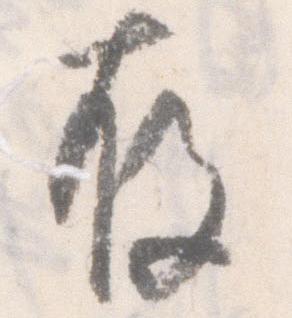
存